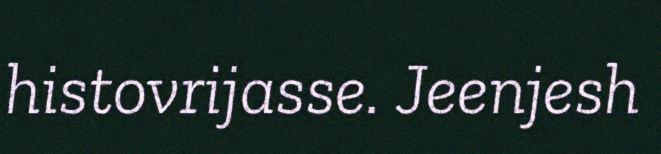
histovrijasse. Jeenjesh